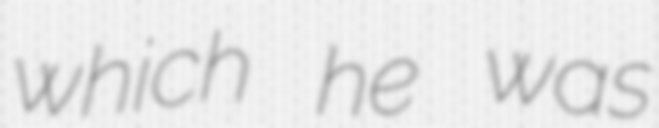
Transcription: which he was